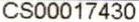
CS00017430